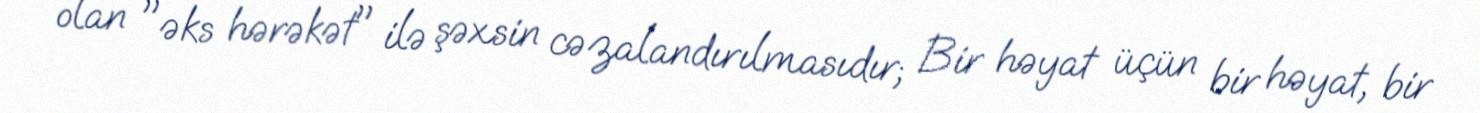
olan "əks hərəkət" ilə şəxsin cəzalandırılmasıdır; Bir həyat üçün bir həyat, bir